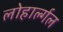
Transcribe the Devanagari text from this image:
लोहार्ल्गल